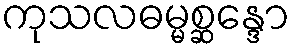
ကုသလဓမ္မစ္ဆန္ဒော